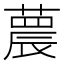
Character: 𦻼